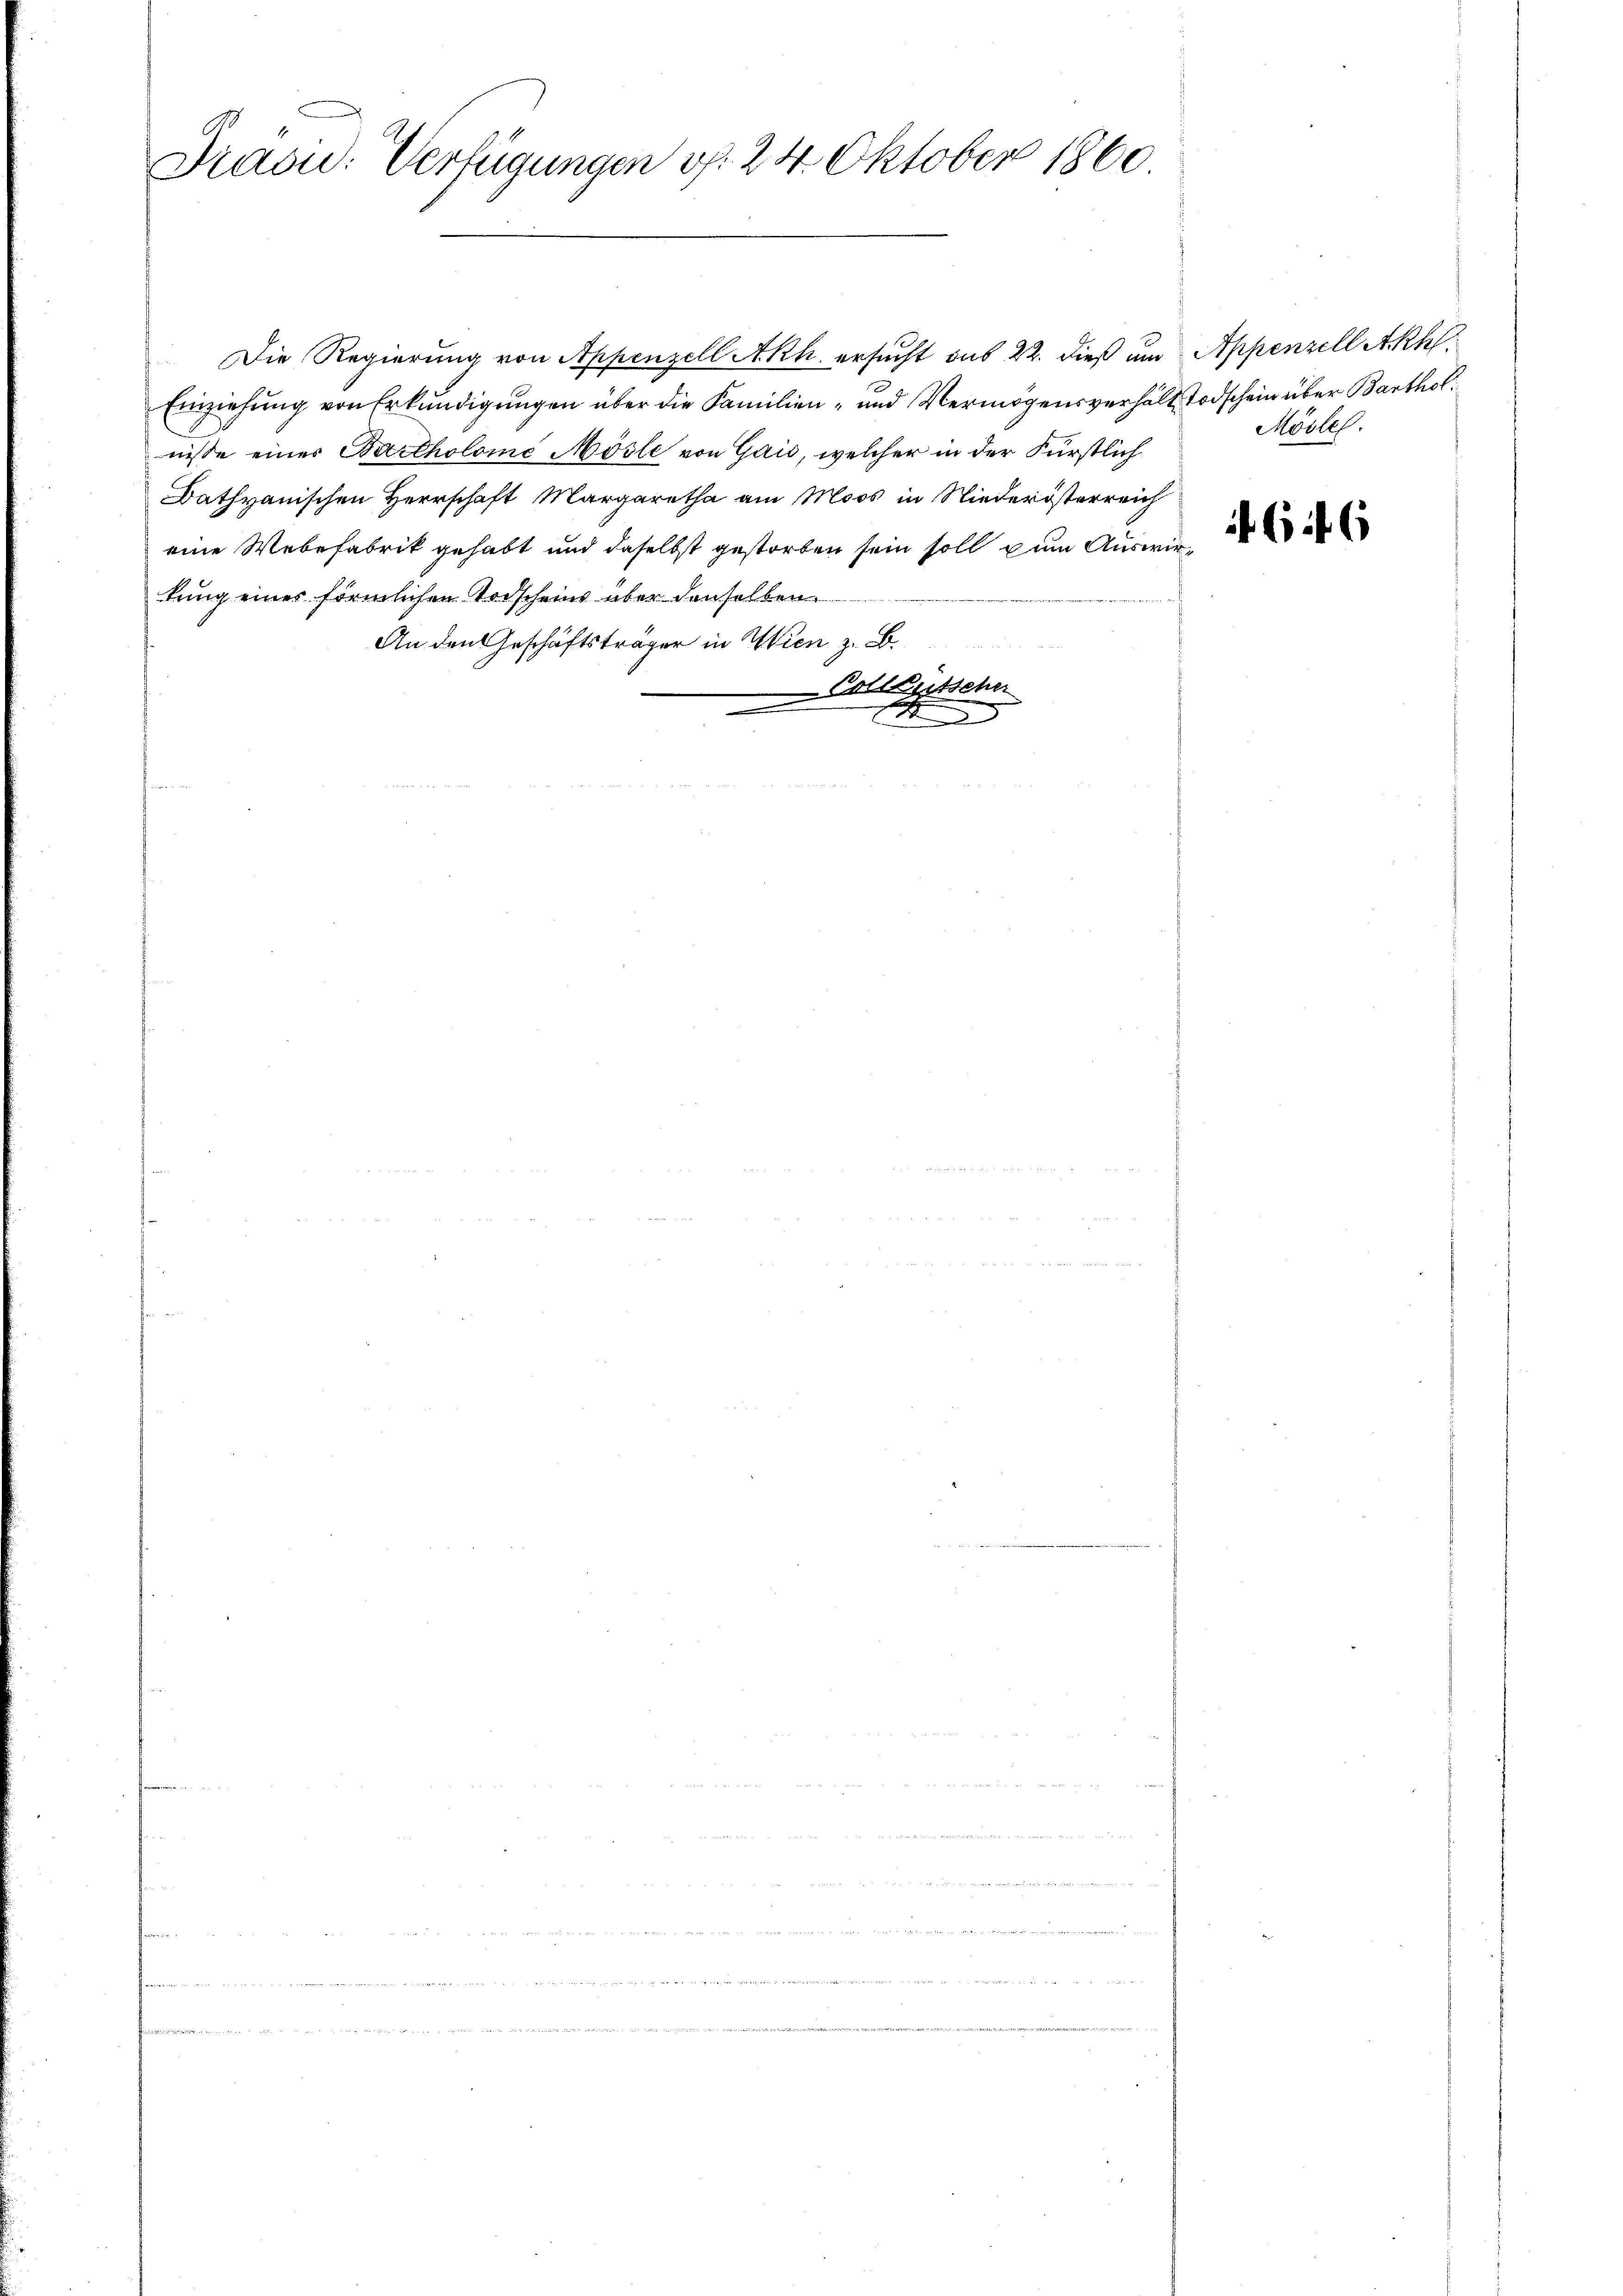
1
1860.
Präsid. Verfügungen v. 24. Oktober

Die Regierung von Appenzell Akh. ersucht aus 22. dieß um Appenzell Akhl.
Einziehŭng von Erkŭndigŭngen über die Familien- und Vermögensverhält Todschein über Barthol.
nisse einer Bartholome Mösle von Gais, welcher in der Fürstlich
Dathyanischen Herrschaft Margaretha am Moos in Niederösterreich
eine Webefabrik gehabt und daselbst gestorben sein soll zum Auswirtung einer förmlichen Todscheins über denselben
An den Geschäftsträger in Wien z. B.
Goll Litsche

n

in der
4

Möslel.

646